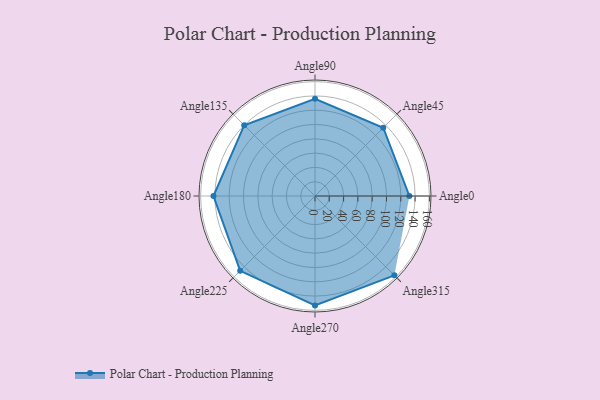
{"axis": {"x": "Angle", "y": "Radius"}, "legend": [""], "data": [{"x": "Angle0", "y": 132.0, "type": ""}, {"x": "Angle45", "y": 135.0, "type": ""}, {"x": "Angle90", "y": 136.0, "type": ""}, {"x": "Angle135", "y": 140.0, "type": ""}, {"x": "Angle180", "y": 142.0, "type": ""}, {"x": "Angle225", "y": 148.0, "type": ""}, {"x": "Angle270", "y": 153.0, "type": ""}, {"x": "Angle315", "y": 157.0, "type": ""}]}